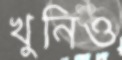
খুনিও